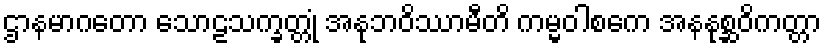
ဌာနမာဂတော သောဠသက္ခတ္တုံ အနုဘဝိဿာမီတိ ကမ္မဝါစကေ အနနုစ္ဆဝိကတ္တာ